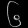
Digit: ၆